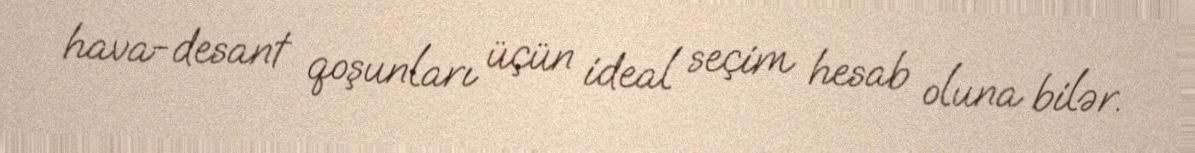
hava-desant qoşunları üçün ideal seçim hesab oluna bilər.